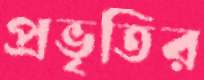
প্রভৃতির